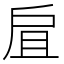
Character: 𢨷